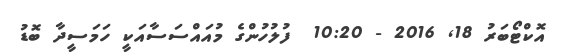
އޮކްޓޯބަރު 18